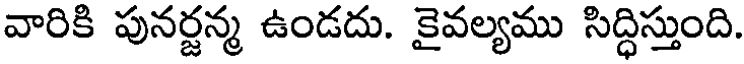
వారికి పునర్జన్మ ఉండదు. కైవల్యము సిద్ధిస్తుంది.